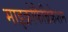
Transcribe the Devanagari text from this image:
माइक्रोफैब्रिकेशन